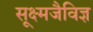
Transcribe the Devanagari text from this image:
सूक्ष्मजैविज्ञ